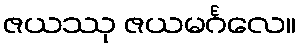
ဇယဿု ဇယမင်္ဂလေ။